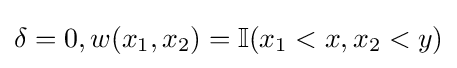
\delta =0,w(x_{1},x_{2})=\mathbb {I} (x_{1}<x,x_{2}<y)